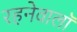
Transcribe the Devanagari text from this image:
रहनेवालॉ